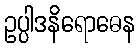
ဥပ္ပါဒနိရောဓေန